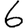
Digit: 6